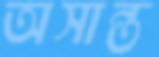
অসান্ত